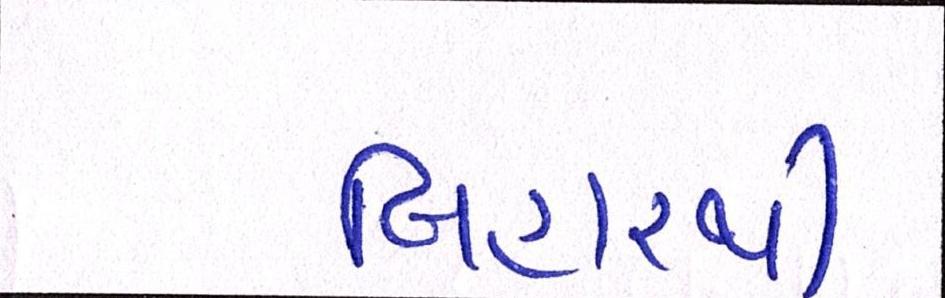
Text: બિહારથી